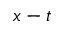
x - t